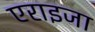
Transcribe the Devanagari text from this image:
एराइजा